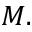
M .